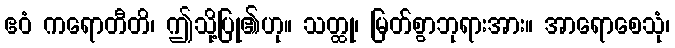
ဧဝံ ကရောတီတိ၊ ဤသို့ပြု၏ဟု။ သတ္ထု၊ မြတ်စွာဘုရားအား။ အာရောစေသုံ၊